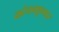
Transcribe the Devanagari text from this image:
कांचनकुमार